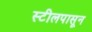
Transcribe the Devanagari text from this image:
स्टीलपासून